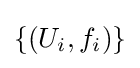
\{(U_{i},f_{i})\}